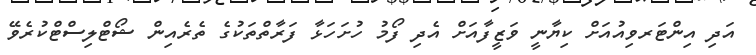
އަދި އިންޓަރވިއުއަށް ކިޔާނީ ވަޒީފާއަށް އެދި ފޯމު ހުށަހަޅާ ފަރާތްތަކުގެ ތެރެއިން ޝޯޓްލިސްޓްކުރެވޭ